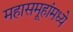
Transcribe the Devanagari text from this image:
महासमूहांमध्ये